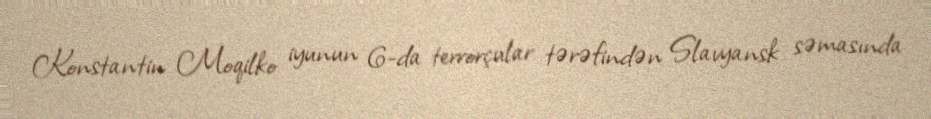
Konstantin Moqilko iyunun 6-da terrorçular tərəfindən Slavyansk səmasında